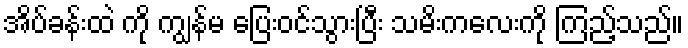
အိပ်ခန်းထဲ ကို ကျွန်မ ပြေးဝင်သွားပြီး သမိးကလေးကို ကြည့်သည်။